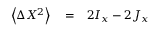
\begin{array} { r l r } { \left\langle \Delta X ^ { 2 } \right\rangle } & { { } = } & { 2 I _ { x } - 2 J _ { x } } \end{array}